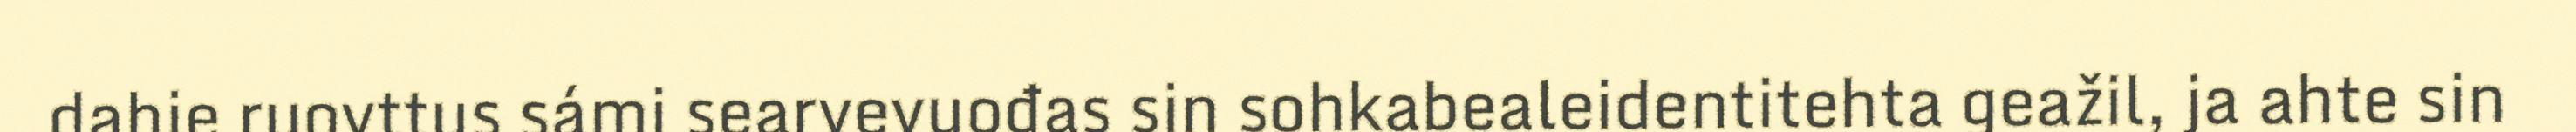
dahje ruovttus sámi searvevuođas sin sohkabealeidentitehta geažil, ja ahte sin